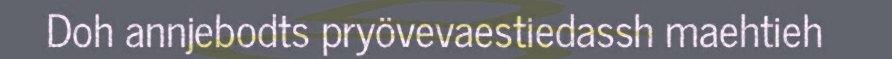
Doh annjebodts pryövevaestiedassh maehtieh